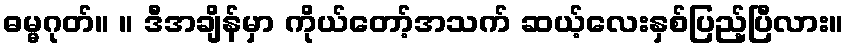
ဓမ္မဂုတ်။ ။ ဒီအချိန်မှာ ကိုယ်တော့်အသက် ဆယ့်လေးနှစ်ပြည့်ပြီလား။